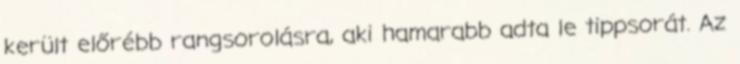
került előrébb rangsorolásra, aki hamarabb adta le tippsorát. Az